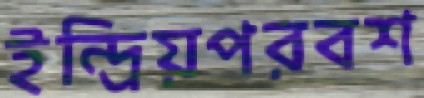
ইন্দ্রিয়পরবশ